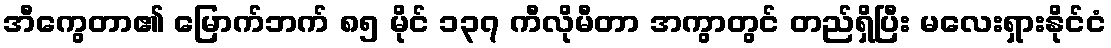
အီကွေတာ၏ မြောက်ဘက် ၈၅ မိုင် ၁၃၇ ကီလိုမီတာ အကွာတွင် တည်ရှိပြီး မလေးရှားနိုင်ငံ